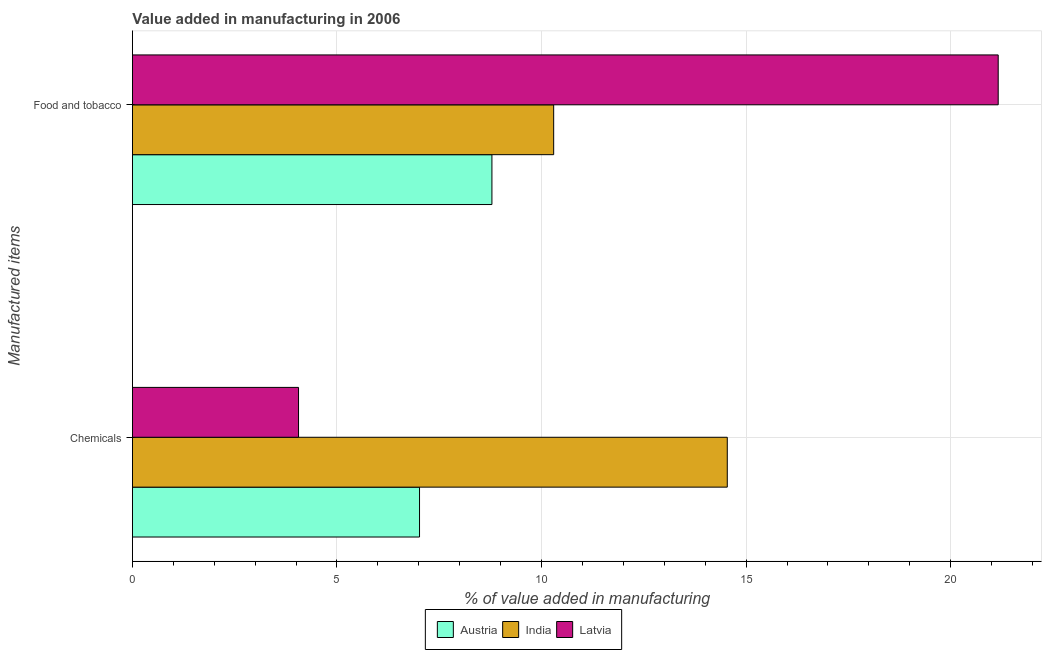
| Manufactured items | Austria | India | Latvia |
 | --- | --- | --- | --- |
 | Chemicals | 7.02 | 14.5 | 4.06 |
 | Food and tobacco | 8.79 | 10.3 | 21.2 |